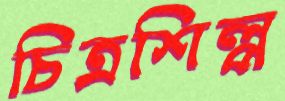
চিত্রশিল্প